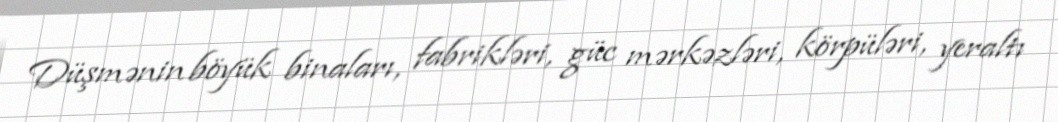
Düşmənin böyük binaları, fabrikləri, güc mərkəzləri, körpüləri, yeraltı